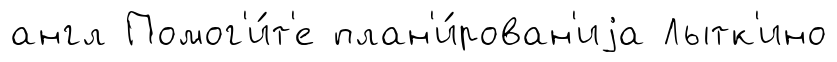
англ Помог'и́т'е план'и́рован'иjа Лытк'ино